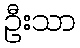
ဦးသာ